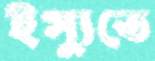
ইস্যুতে